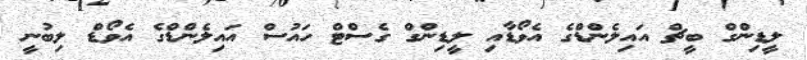
ލީޑިންގް ބީޗް އައިލެންޑްގެ އެވޯޑާއި ލީޑިންގް ގެސްޓް ހައުސް އައިލެންޑްގެ އެވޯޑް ލިބުނީ